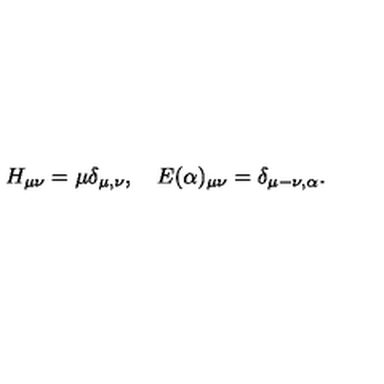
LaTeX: H _ { \mu \nu } = \mu \delta _ { \mu , \nu } , \quad E ( \alpha ) _ { \mu \nu } = \delta _ { \mu - \nu , \alpha } .